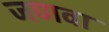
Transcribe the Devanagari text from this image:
जणवा